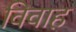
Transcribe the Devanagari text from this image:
विवाह